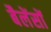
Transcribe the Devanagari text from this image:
बैलेंसों